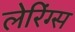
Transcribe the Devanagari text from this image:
लेरिंग्स